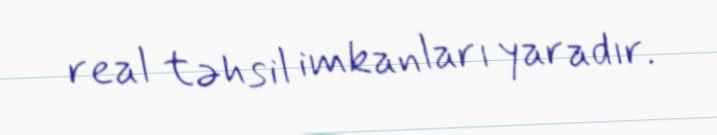
real təhsil imkanları yaradır.